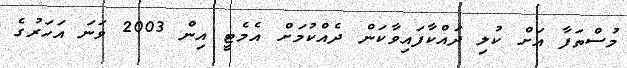
މުސްތަފާ އަށް ކުލި ދައްކާފައިވާކަން ދެއްކުމަށް އެމެޓީ އިން 2003 ވަނަ އަހަރުގެ